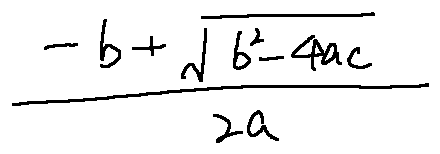
\frac { - b + \sqrt { b ^ { 2 } - 4 a c } } { 2 a }